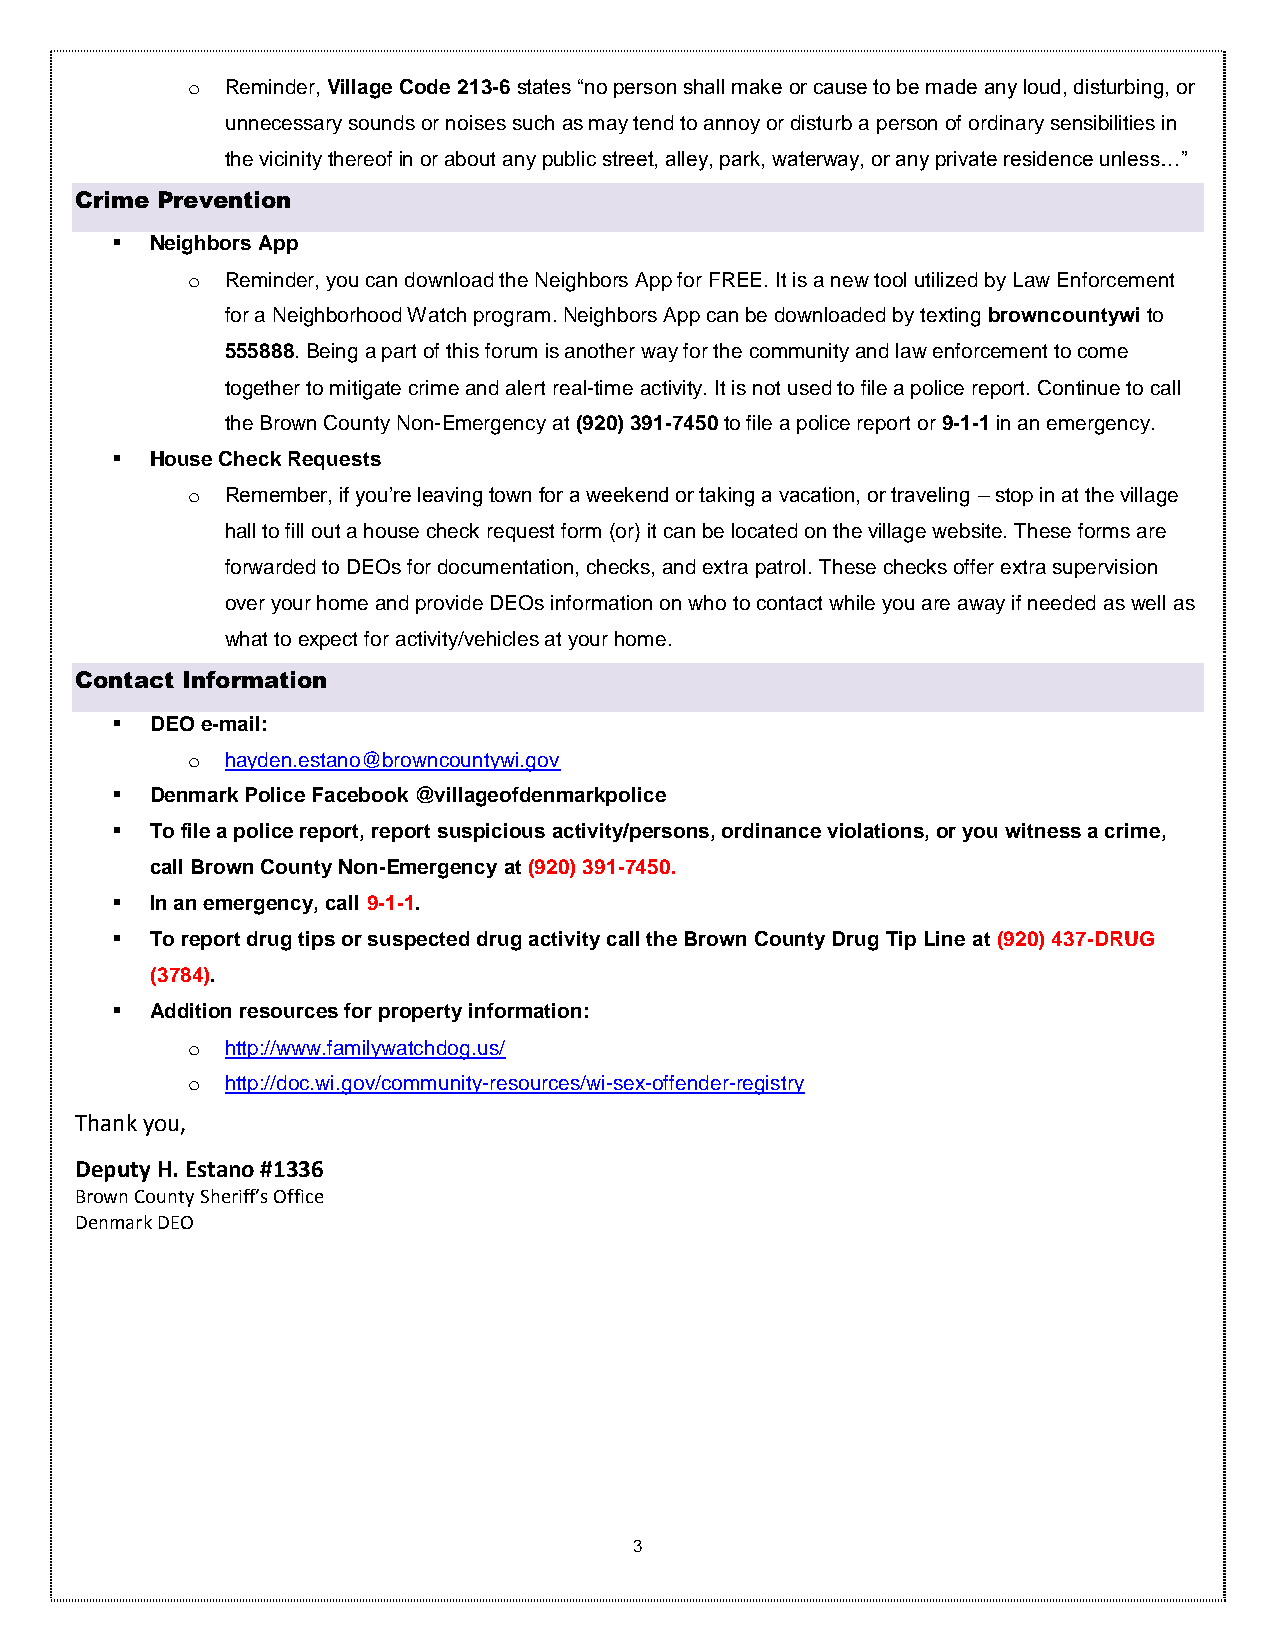
o  Reminder, Village Code 213-6 states “no person shall make or cause to be made any loud, disturbing, or
 unnecessary sounds or noises such as may tend to annoy or disturb a person of ordinary sensibilities in
 the vicinity thereof in or about any public street, alley, park, waterway, or any private residence unless…”
 Crime Prevention
   Neighbors App
 o  Reminder, you can download the Neighbors App for FREE. It is a new tool utilized by Law Enforcement
 for a Neighborhood Watch program. Neighbors App can be downloaded by texting browncountywi to
 555888. Being a part of this forum is another way for the community and law enforcement to come
 together to mitigate crime and alert real-time activity. It is not used to file a police report. Continue to call
 the Brown County Non-Emergency at (920) 391-7450 to file a police report or 9-1-1 in an emergency.
   House Check Requests
 o  Remember, if you’re leaving town for a weekend or taking a vacation, or traveling – stop in at the village
 hall to fill out a house check request form (or) it can be located on the village website. These forms are
 forwarded to DEOs for documentation, checks, and extra patrol. These checks offer extra supervision
 over your home and provide DEOs information on who to contact while you are away if needed as well as
 what to expect for activity/vehicles at your home.
 Contact Information
   DEO e-mail:
 o  hayden.estano@browncountywi.gov
   Denmark Police Facebook @villageofdenmarkpolice
   To file a police report, report suspicious activity/persons, ordinance violations, or you witness a crime,
 call Brown County Non-Emergency at (920) 391-7450.
   In an emergency, call 9-1-1.
   To report drug tips or suspected drug activity call the Brown County Drug Tip Line at (920) 437-DRUG
 (3784).
   Addition resources for property information:
 o  http://www.familywatchdog.us/
 o  http://doc.wi.gov/community-resources/wi-sex-offender-registry
 Thank you,
 Deputy H. Estano #1336
 Brown County Sheriff’s Office
 Denmark DEO
 3